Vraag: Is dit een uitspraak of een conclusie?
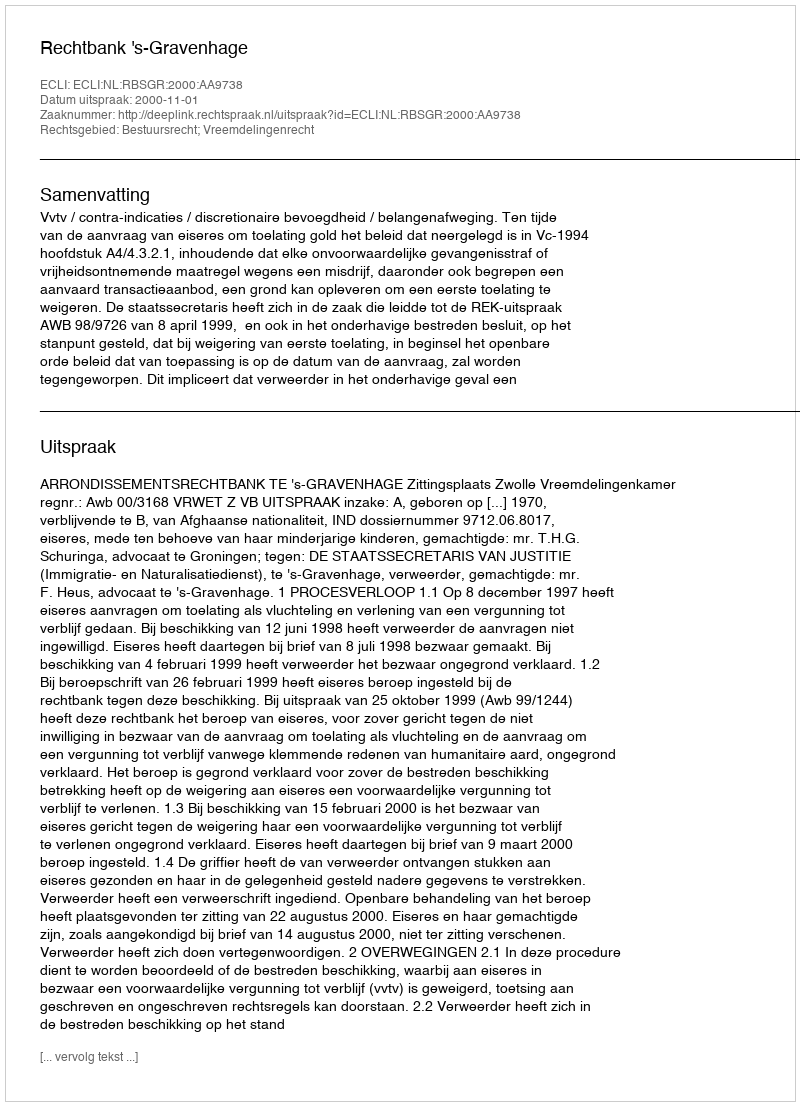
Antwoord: Uitspraak